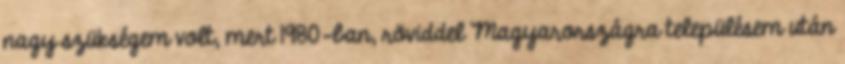
nagy szükségem volt, mert 1980-ban, röviddel Magyarországra településem után